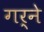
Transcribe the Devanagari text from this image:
गर्ने